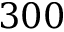
3 0 0